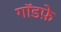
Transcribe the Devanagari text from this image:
गॉडफ़े